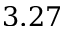
3 . 2 7